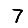
Digit: 7